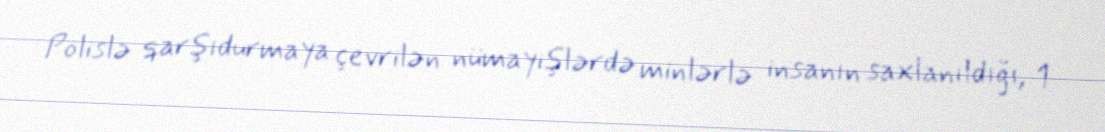
Polislə qarşıdurmaya çevrilən nümayişlərdə minlərlə insanın saxlanıldığı, 1